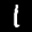
Label: 1